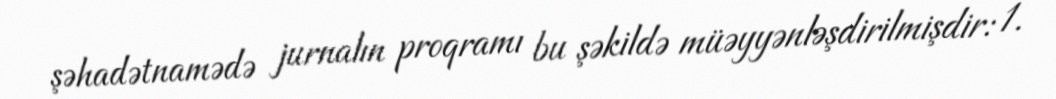
şəhadətnamədə jurnalın proqramı bu şəkildə müəyyənləşdirilmişdir: 1.